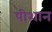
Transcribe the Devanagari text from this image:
पीशान